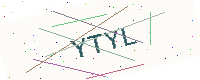
Text: YTYL